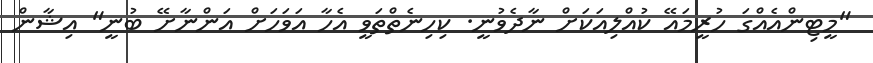
"މީޓިންއެއްގަ ހުރީމައޭ ކުއްލިއަކަށް ނާދެވުނީ. ކިހިނެތްތަވީ އެހާ އަވަހަށް އަންނާށޭ ބުނީ" އިޝާން